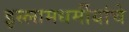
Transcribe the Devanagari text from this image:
इस्लामधर्मीयांचे